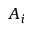
A _ { i }